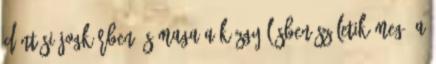
döntési jogkörben és maga a közgyűlésben születik meg. A